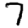
Digit: 7